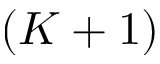
( K + 1 )